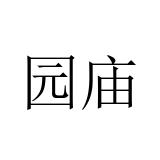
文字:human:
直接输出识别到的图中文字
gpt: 园庙